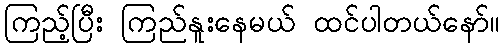
ကြည့်ပြီး ကြည်နူးနေမယ် ထင်ပါတယ်နော်။